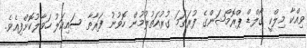
ވިއްކާ މިލްކީ ގޯލްޑް ޕްރޮމޯޝަންގެ ފުރަތަމަ ގުރުއަތުލުމުން ހޮވުނު ފަރާތާ ސައިކަލު ހަވާލުކޮށްފިއެވެ.